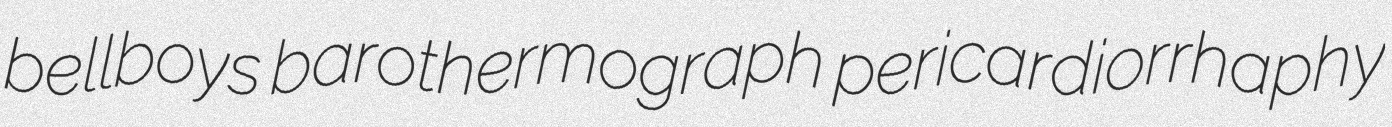
bellboys barothermograph pericardiorrhaphy